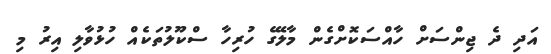
އަދި ދެ ޖިންސަށް ހާއްސަކޮށްގެން މާލޭގެ ހުރިހާ ސްކޫލުތަކެއް ހުޅުވާލި އިރު މި